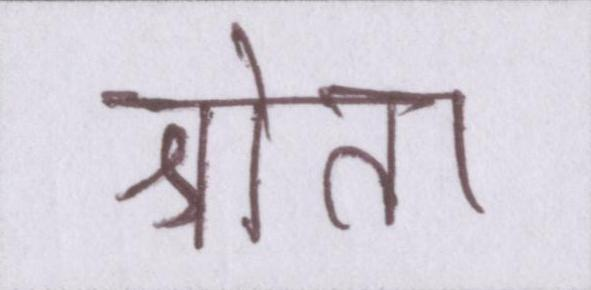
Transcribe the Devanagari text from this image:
श्रोता